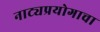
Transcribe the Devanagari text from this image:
नाट्यप्रयोगाचा